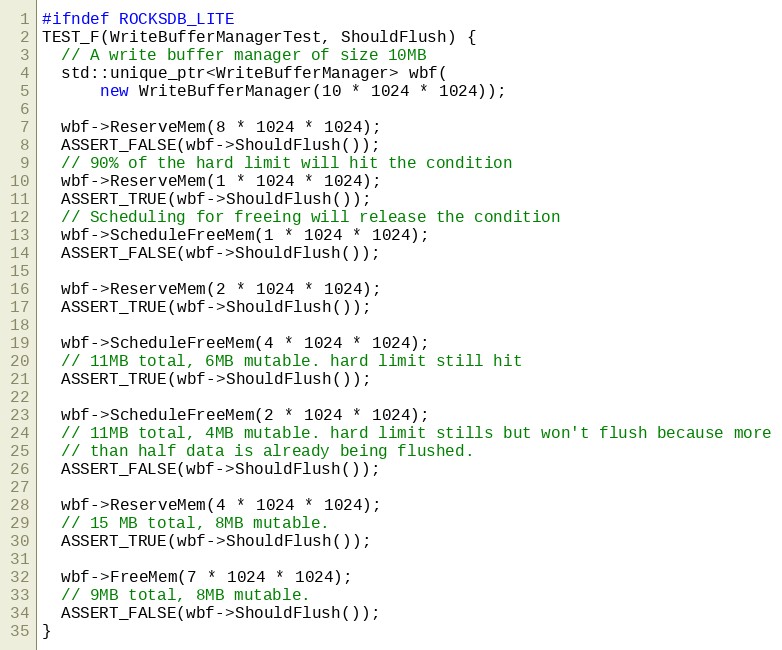
Language: C++
#ifndef ROCKSDB_LITE
TEST_F(WriteBufferManagerTest, ShouldFlush) {
  // A write buffer manager of size 10MB
  std::unique_ptr<WriteBufferManager> wbf(
      new WriteBufferManager(10 * 1024 * 1024));

  wbf->ReserveMem(8 * 1024 * 1024);
  ASSERT_FALSE(wbf->ShouldFlush());
  // 90% of the hard limit will hit the condition
  wbf->ReserveMem(1 * 1024 * 1024);
  ASSERT_TRUE(wbf->ShouldFlush());
  // Scheduling for freeing will release the condition
  wbf->ScheduleFreeMem(1 * 1024 * 1024);
  ASSERT_FALSE(wbf->ShouldFlush());

  wbf->ReserveMem(2 * 1024 * 1024);
  ASSERT_TRUE(wbf->ShouldFlush());

  wbf->ScheduleFreeMem(4 * 1024 * 1024);
  // 11MB total, 6MB mutable. hard limit still hit
  ASSERT_TRUE(wbf->ShouldFlush());

  wbf->ScheduleFreeMem(2 * 1024 * 1024);
  // 11MB total, 4MB mutable. hard limit stills but won't flush because more
  // than half data is already being flushed.
  ASSERT_FALSE(wbf->ShouldFlush());

  wbf->ReserveMem(4 * 1024 * 1024);
  // 15 MB total, 8MB mutable.
  ASSERT_TRUE(wbf->ShouldFlush());

  wbf->FreeMem(7 * 1024 * 1024);
  // 9MB total, 8MB mutable.
  ASSERT_FALSE(wbf->ShouldFlush());
}